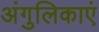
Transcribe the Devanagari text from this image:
अंगुलिकाएं